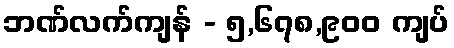
ဘဏ်လက်ကျန် - ၅,၆၇၈,၉၀၀ ကျပ်